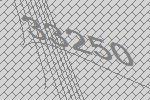
33250